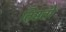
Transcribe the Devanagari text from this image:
तिष्ठती